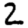
Digit: 2